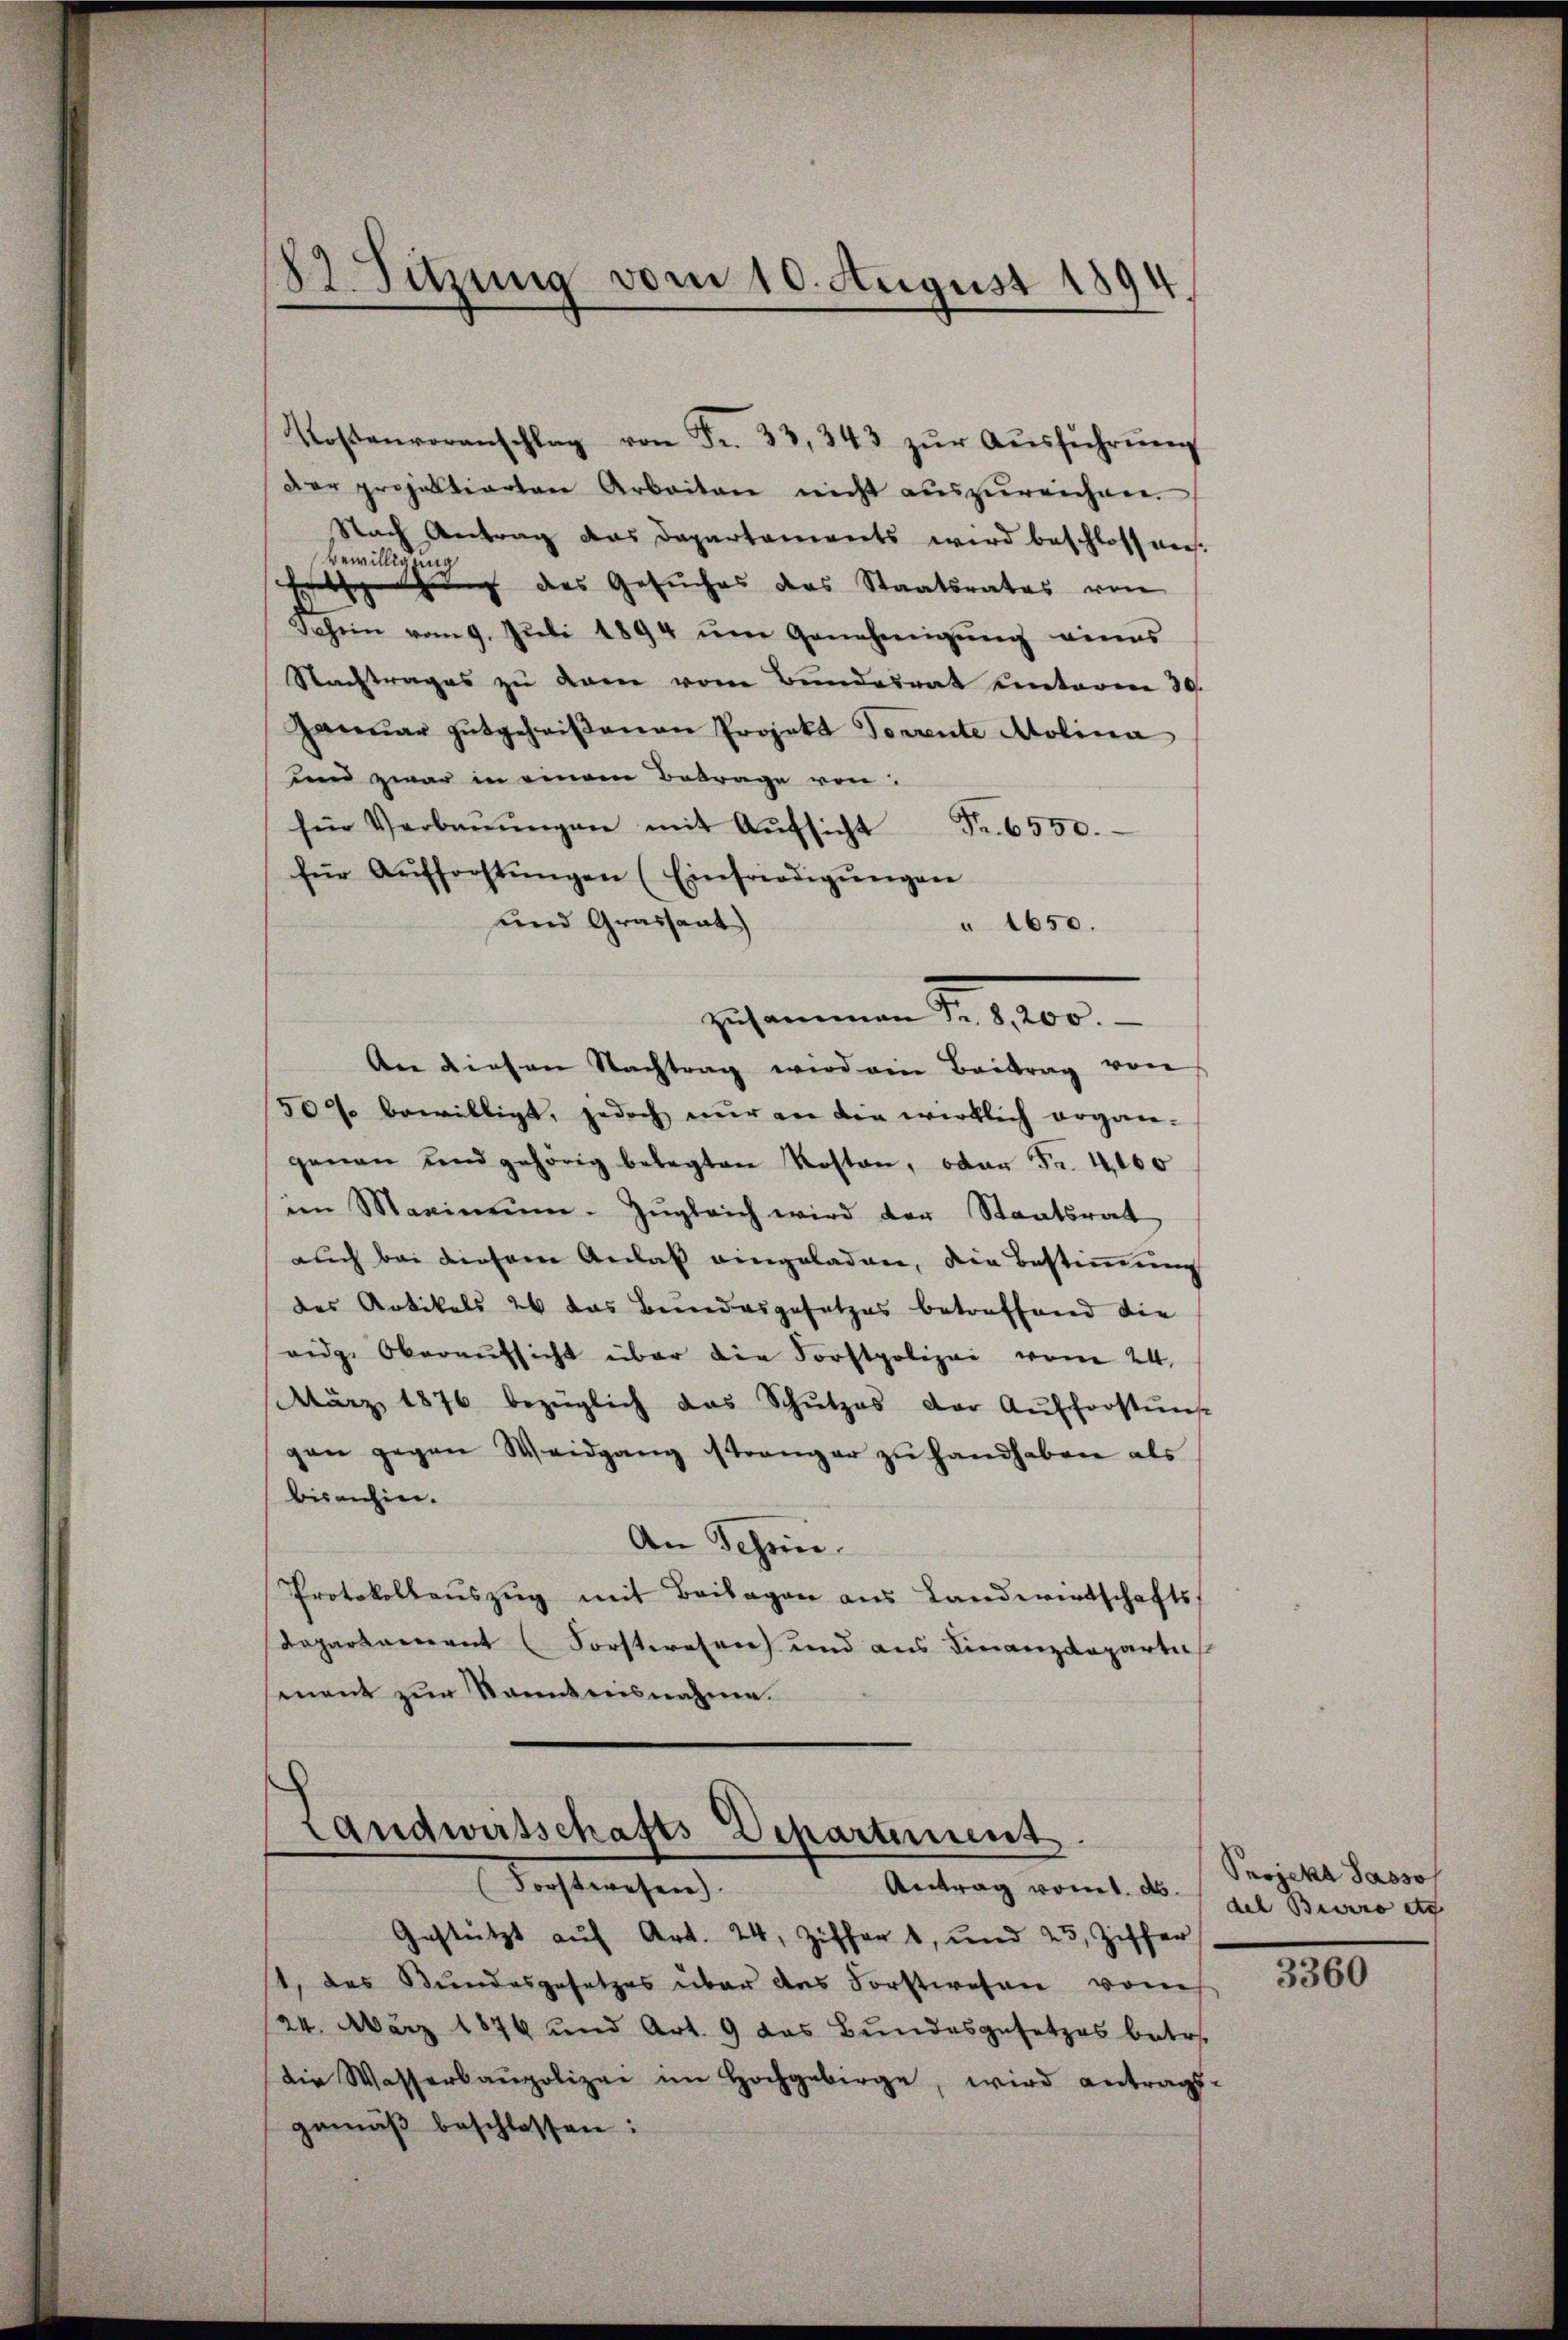
27. Sitzung vom 10. August 1894.

Kostenvoranschlag von Fr. 33, 343 zŭr Aŭsführŭng
der projektierten Arbeiten nicht aŭszŭreichen.
Nach Antrag das Departaments wird beschloss vers.
Bewilligung
Ertschung des Gesuches das Staatsrates von
Jchein vom 9. Jŭli 1894 ŭm Genehmigŭng eines
Stachtrages zŭ dem vom Bundesrat unteren 39.
Janŭar gutgeheißenen Projekt Torrente Molina
und zwar in einem Betrage von
für Verbaŭŭngen mit Aŭfsicht Fr. 6550.
für Aŭfforstŭngen (Einfriedigŭngen
und Grassant
 1650.
zusammen d. 1200.
An diesen Nachtrag wird ein Beitrag von
50% bewilligt, jedoch nur an die wirklich ergan-
genen und gehörig belegten Kosten, oder Fr. 4000
im Maximŭm Zŭgleich wird der Staatsrat
auch bei diesem Anlaß eingeladen, die Bestimmung
des Artikels 24 das Bundesgesetzes betreffend die
eidge Oberaŭfsicht über die Forstpolizei vom 24.
März 1876 bezüglich das Schŭtzes der Aufforstŭng
gen gegen Weidgang strenger zu handhaben als
bisanhin.
An Schein.
Protokollaŭszŭg mit Beilagen aus Landwirtschafts
Departement (Forstwesen und aus Finanzdeparti
mant zur Kenntnisnahme.

Landwirtschafts Departement.

Forstwesen).
Antrag vom 1. ds.
Gestützt auf Art. 24, Ziffer 1, und 23, Ziffer
t, das Bundesgesetzes über des Forstwesen vom
24. März 1874 und Art. 9 das Bundesgesetzes betr.
Die Wasserbaupolizei im Hochgebirge, wird antrags-
gemäβ beschlossen:

Projeka Sasso
del Barro de

3360